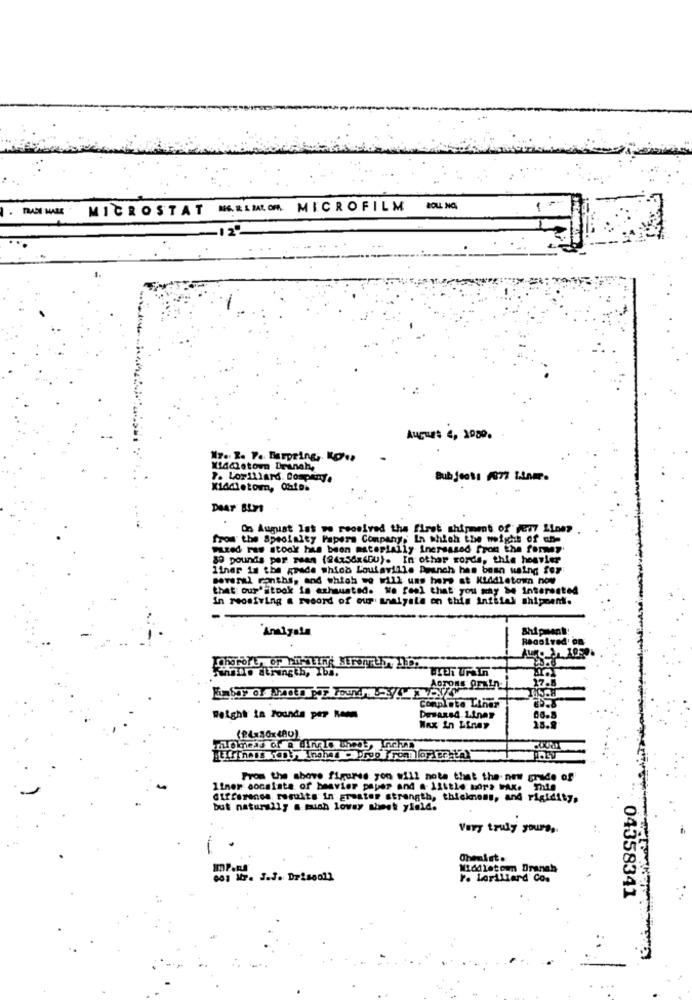
. TRADE MALE
MICROSTAT MERIMLOM MICROFILM
Augus 4, 2000.
17. I. P. Buspring ,. 10 ..
Widmetown Branch,
P. Lorillard. Company.
Middletown, CafD.
DAAT BLFI
On August Ist we received the first shipment of my Line
from the Specialty Papers Company, In which the weight of an-
Wired Pas itook has been materially increased from the former
89 pounds per mean (24x58x4DU). In other words, thia heavier
liner is the grade which Louisville Apunch has been using for
several months, and which we will ums hers at Klddletown now
that our'stook is azhaunted. We feel that you may be Interested
in receiving a record of our analyste on this infilak shipment.
Analysla
Resolved' on
Chopo'E, OF MINELAR MENEth AD.
"When UrAIn
Farine duringth, Iba.
Aoross Oruby
Completo Lther
Weight in Pounds per Romm
Desaxsd. L.tnar
Wax In Linay
(24x50x480)
Mothers of @ Lingle thead, Inchas
From the shove figures you will note that the new grade of
liner consists of beavier paper and a little More FAK. This
difference results in greater strength, thickness, and rigidity,
but naturally a much lower sheet yield.
Very truly yours,
Middletown Draneh
r. Lorillard Co.
04358341